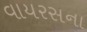
વાયરસના